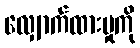
လျှောက်ထားမှုကို